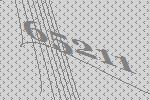
65211